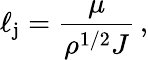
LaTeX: \ell_{\mathrm{j}}=\frac{\mu}{\rho^{1/2}J}\, ,